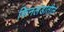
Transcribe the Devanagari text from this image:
फिनलंडातील